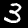
Label: 3